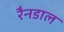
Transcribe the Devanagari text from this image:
रैनडाल